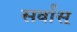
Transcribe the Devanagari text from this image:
सर्वास्‌